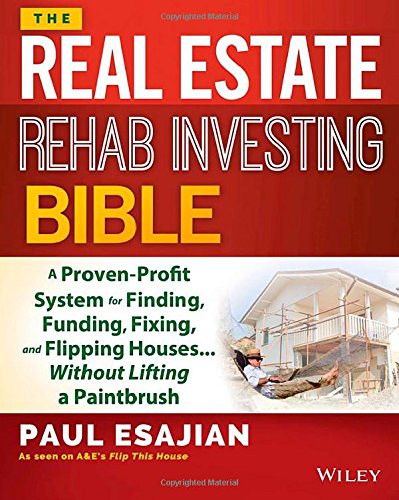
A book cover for The Real Estate Rehab Investing Bible: A Proven-Profit System for Finding, Funding, Fixing, and Flipping Houses...Without Lifting a Paintbrush; Paul Esajian; Business & Money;